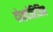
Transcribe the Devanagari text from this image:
दोशदोरिजिन